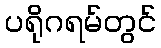
ပရိုဂရမ်တွင်